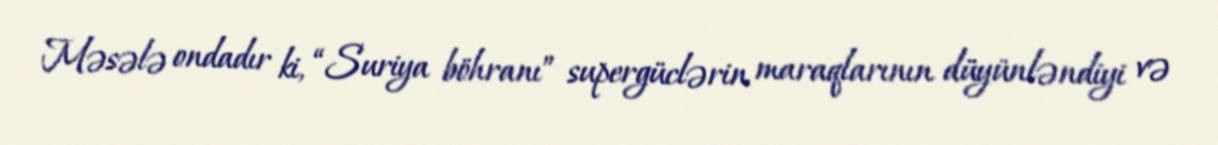
Məsələ ondadır ki, “Suriya böhranı” supergüclərin maraqlarının düyünləndiyi və